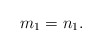
\begin{align*}m_1=n_1.\end{align*}